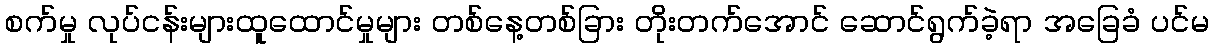
စက်မှု လုပ်ငန်းများထူထောင်မှုများ တစ်နေ့တစ်ခြား တိုးတက်အောင် ဆောင်ရွက်ခဲ့ရာ အခြေခံ ပင်မ